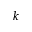
\boldsymbol { k }